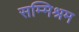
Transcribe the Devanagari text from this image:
सम्मिश्रम